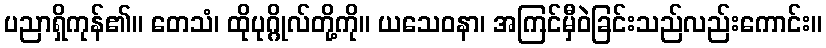
ပညာရှိကုန်၏။ တေသံ၊ ထိုပုဂ္ဂိုလ်တို့ကို။ ယသေဝနာ၊ အကြင်မှီဝဲခြင်းသည်လည်းကောင်း။